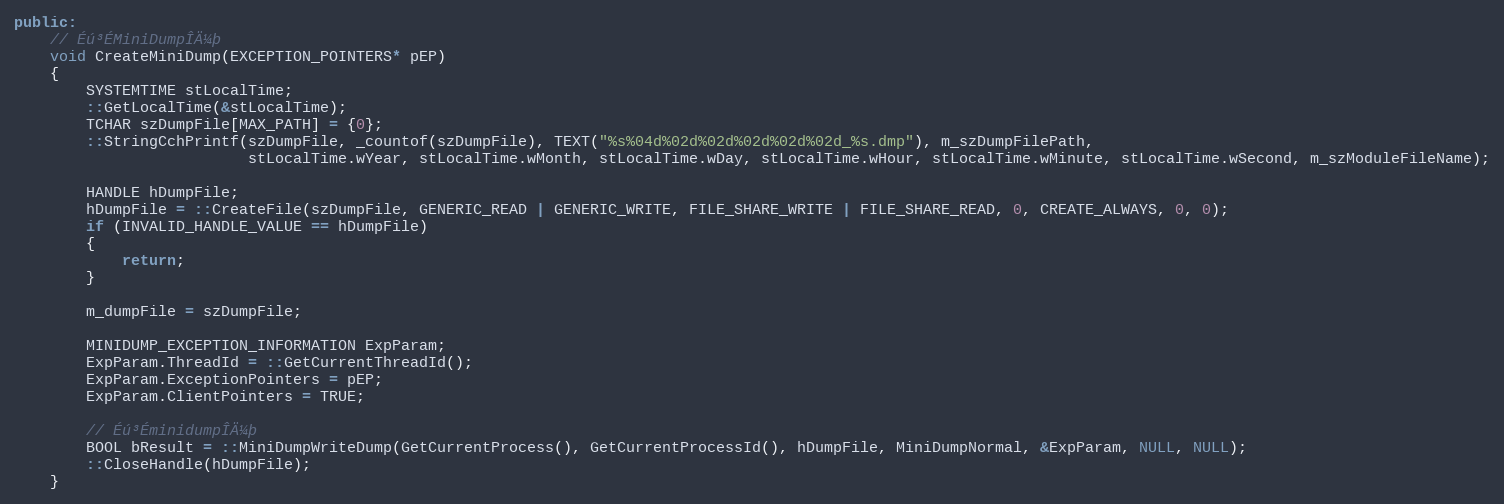
Language: C++
public:
    // Éú³ÉMiniDumpÎÄ¼þ
    void CreateMiniDump(EXCEPTION_POINTERS* pEP)
    {
        SYSTEMTIME stLocalTime;
        ::GetLocalTime(&stLocalTime);
        TCHAR szDumpFile[MAX_PATH] = {0};
        ::StringCchPrintf(szDumpFile, _countof(szDumpFile), TEXT("%s%04d%02d%02d%02d%02d%02d_%s.dmp"), m_szDumpFilePath,
                          stLocalTime.wYear, stLocalTime.wMonth, stLocalTime.wDay, stLocalTime.wHour, stLocalTime.wMinute, stLocalTime.wSecond, m_szModuleFileName);

        HANDLE hDumpFile;
        hDumpFile = ::CreateFile(szDumpFile, GENERIC_READ | GENERIC_WRITE, FILE_SHARE_WRITE | FILE_SHARE_READ, 0, CREATE_ALWAYS, 0, 0);
        if (INVALID_HANDLE_VALUE == hDumpFile)
        {
            return;
        }

		m_dumpFile = szDumpFile;

        MINIDUMP_EXCEPTION_INFORMATION ExpParam;
        ExpParam.ThreadId = ::GetCurrentThreadId();
        ExpParam.ExceptionPointers = pEP;
        ExpParam.ClientPointers = TRUE;

        // Éú³ÉminidumpÎÄ¼þ
        BOOL bResult = ::MiniDumpWriteDump(GetCurrentProcess(), GetCurrentProcessId(), hDumpFile, MiniDumpNormal, &ExpParam, NULL, NULL);
        ::CloseHandle(hDumpFile);
    }